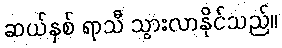
ဆယ်နှစ် ရာသီ သွားလာနိုင်သည်။